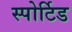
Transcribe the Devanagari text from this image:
स्पोर्टिड